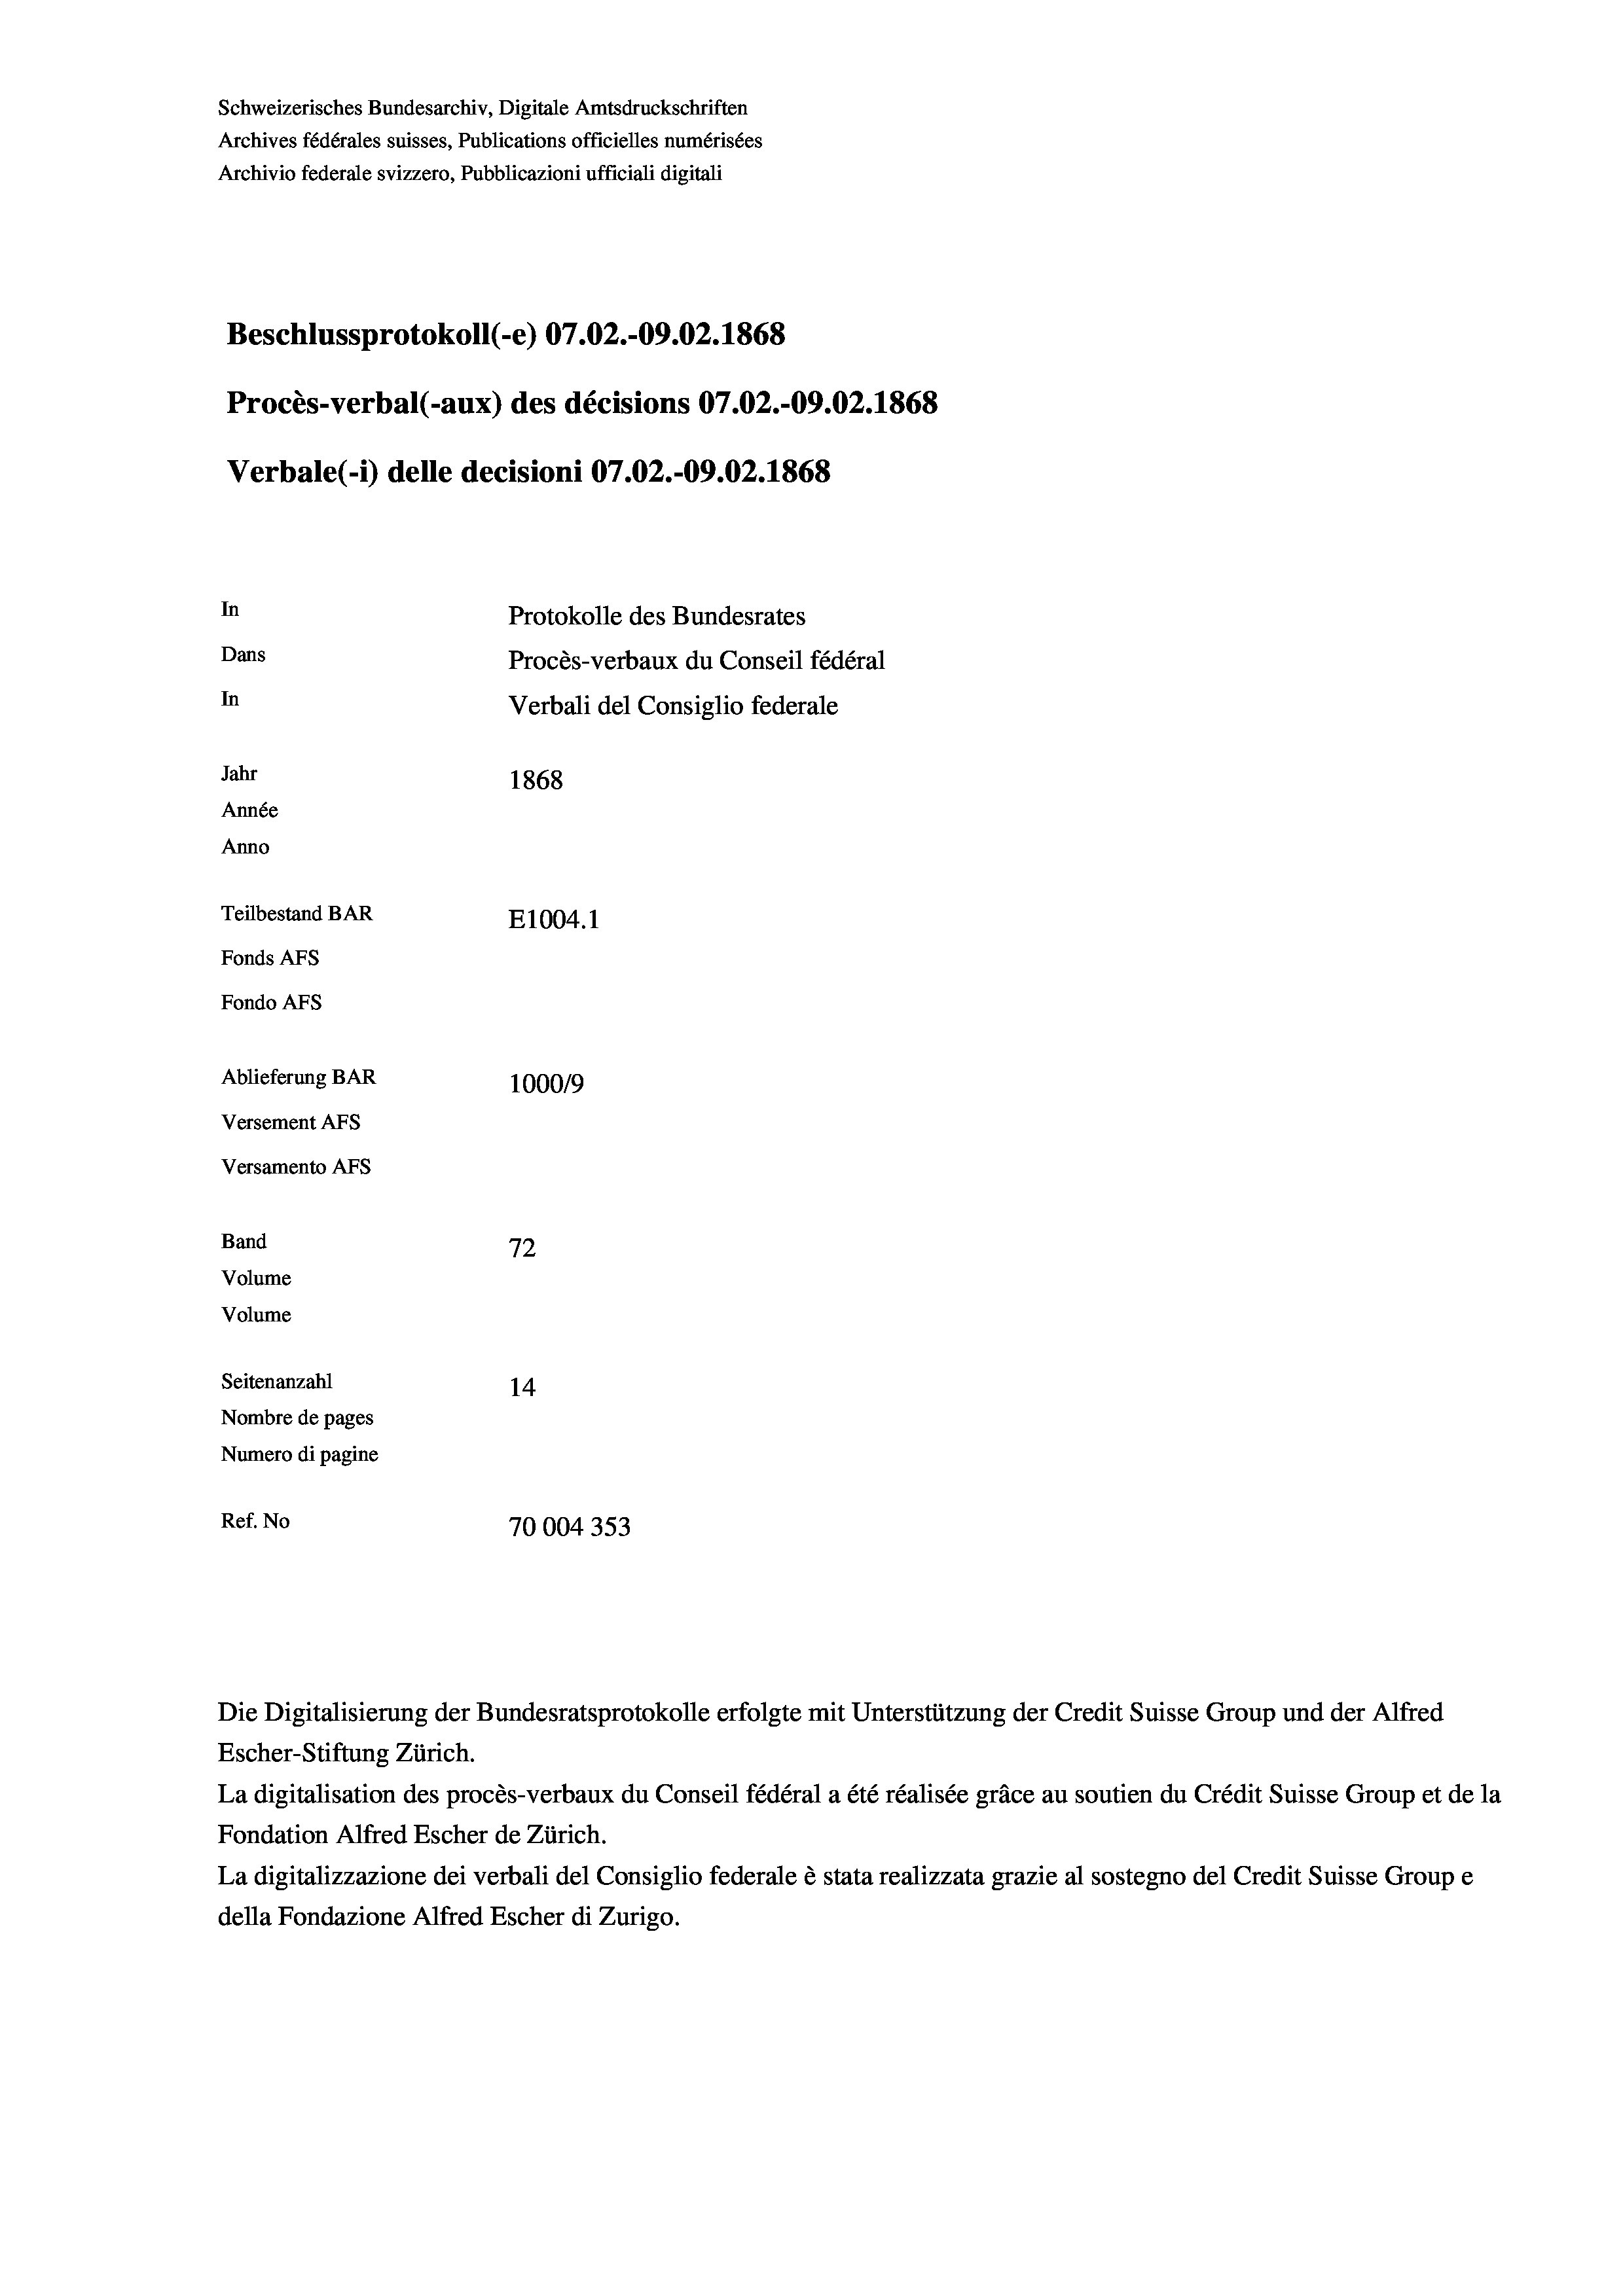
Schweizerisches Bundesarchiv, Digitale Amtsdruckschriften
Archives fédérales suisses, Publications officielles numérisées
Archivio federale svizzero, Pubblicazioni ufficiali digitali
Beschlussprotokoll (-e) 07.02.-09.02. 1868
Procès-verbal (-aux) des décisions 07.02.-09.02. 1868
Verbale(-*) delle decisioni 07.02.-09.02. 1868
In
Protokolle des Bundesrates
Dans
Procès-verbaux du Conseil fédéral
In
Verbali del Consiglio federale
Jahr
1868
Année
Anno
Teilbestand BAR
E1004. 1
Fonds AFs
Fondo Afs
Ablieferung BAR
100019

Versement AFs
Versamento AFs
Band
Volume
Volume

72
Seitenanzahl
14
Nombre de pages
Numero di pagine
Ref. No
70004353

La digitalisation des procès-verbaux du Conseil fédéral a été réalisée gräce au soutien du Crédit Suisse Group et de la
Fondation Alfred Escher de Zürich.
La digitalizzazione dei verbali del Consiglio federale è stata realizzata grazie al sostegno del Credit Suisse Groupe
della Fondazione Alfred Escher di Zurigo.

Escher-Stiftung Zürich.

Die Digitalisierung der Bundesratsprotokolle erfolgte mit Unterstützung der Credit Suisse Group und der Alfred